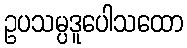
ဥပသမ္ပဒူပေါသထော